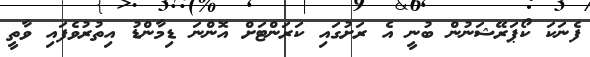
ފެނަކަ ކޯޕަރޭޝަނުން ބުނީ އެ ރަށުގައި ކަރަންޓަށް އޮންނަ ޑިމާންޑު އިތުރުވެފައި ވާތީ